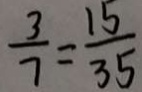
\frac { 3 } { 7 } = \frac { 1 5 } { 3 5 }